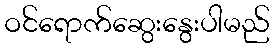
ဝင်ရောက်ဆွေးနွေးပါမည်